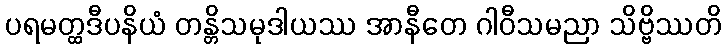
ပရမတ္ထဒီပနိယံ တန္တိသမုဒါယဿ အာနီတေ ဂါဝီသမညာ သိဗ္ဗိဿတိ